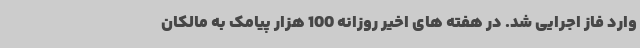
وارد فاز اجرایی شد. در هفته های اخیر روزانه 100 هزار پیامک به مالکان